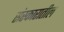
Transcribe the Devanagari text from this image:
संस्कारातील